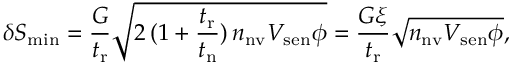
\delta S _ { \mathrm { m i n } } = \frac { G } { t _ { \mathrm { r } } } \sqrt { 2 \, ( 1 + \frac { t _ { \mathrm { r } } } { t _ { \mathrm { n } } } ) \, n _ { \mathrm { n v } } V _ { \mathrm { s e n } } \phi } = \frac { G \xi } { t _ { \mathrm { r } } } \sqrt { n _ { \mathrm { n v } } V _ { \mathrm { s e n } } \phi } ,